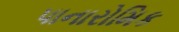
પાનારોમિક